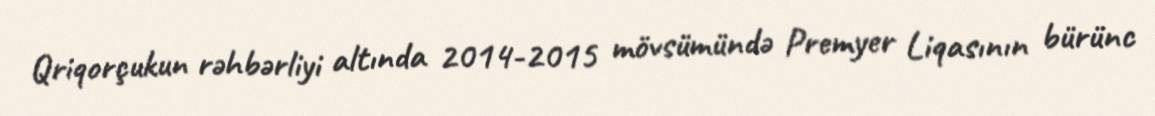
Qriqorçukun rəhbərliyi altında 2014-2015 mövsümündə Premyer Liqasının bürünc